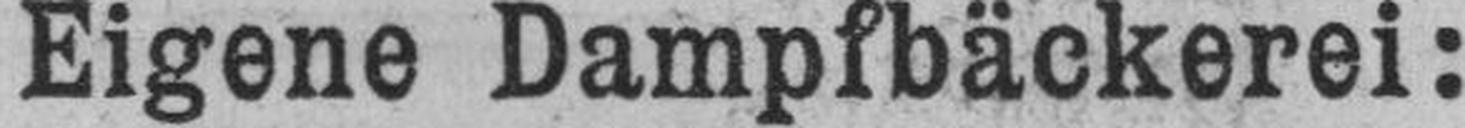
Eigene Dampfbäckerei: